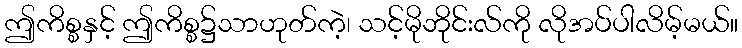
ဤကိစ္စနှင့် ဤကိစ္စ၌သာဟုတ်ကဲ့၊ သင့်မိုဘိုင်းလ်ကို လိုအပ်ပါလိမ့်မယ်။